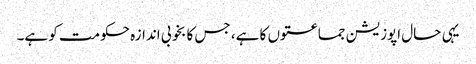
یہی حال اپوزیشن جماعتوں کا ہے، جس کا بخوبی اندازہ حکومت کو ہے۔